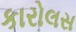
કારોલસ